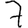
Digit: 7